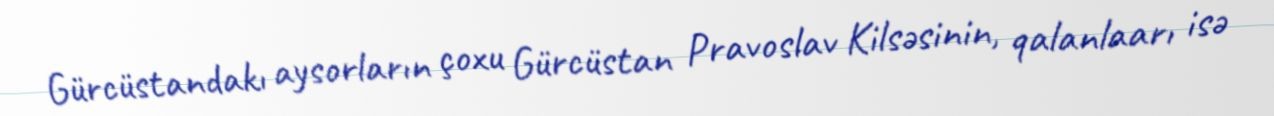
Gürcüstandakı aysorların çoxu Gürcüstan Pravoslav Kilsəsinin, qalanlaarı isə